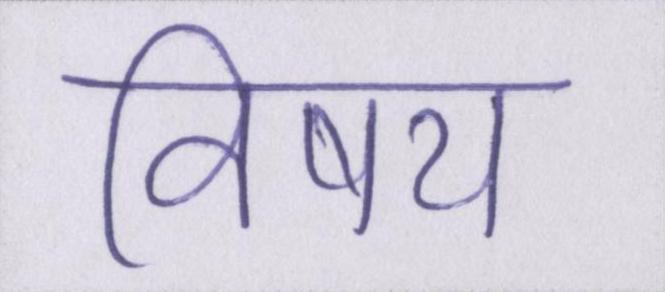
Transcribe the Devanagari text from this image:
विषय